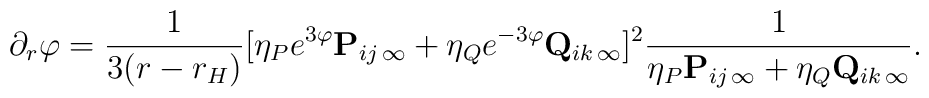
\partial_r \varphi = {1 \over {3(r - r_H)}}[\eta_P e^{3\varphi}{\bf P}_{ij\,\infty} + \eta_Q e^{-{3\varphi}}{\bf Q}_{ik\,\infty}]^2{1 \over {\eta_P {\bf P}_{ij\,\infty} + \eta_Q {\bf Q}_{ik\,\infty}}} .